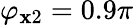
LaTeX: \varphi_{\mathbf{x}2}=0.9\pi